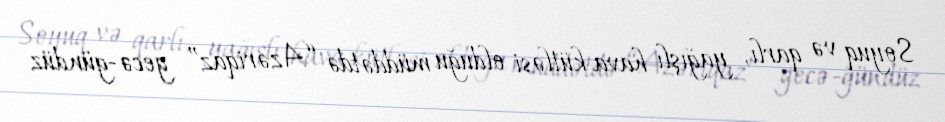
Soyuq və qarlı, yağışlı hava kütləsi olduğu müddətdə “Azəriqaz” gecə-gündüz